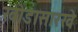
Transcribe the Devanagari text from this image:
खोडासारखे